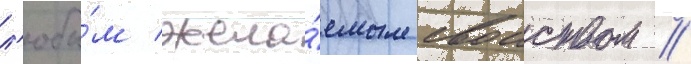
л'юбы́м жела́емым своиством //